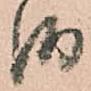
御